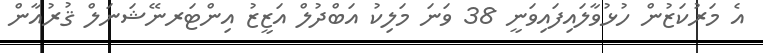
އެ މަރުކަޒުން ހުޅުވާލައިފައިވަނީ 38 ވަނަ މަލިކު އަބްދުލް އަޒީޒު އިންޓަރނޭޝަނަލް ޤުރުއާން